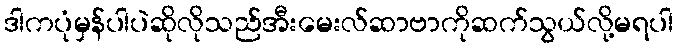
ဒါကပုံမှန်ပါပဲဆိုလိုသည်အီးမေးလ်ဆာဗာကိုဆက်သွယ်လို့မရပါ